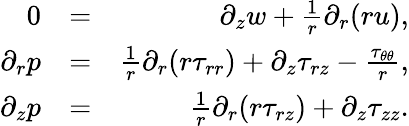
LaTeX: \begin{array}{rlr}{0}&{=}&{\partial_{z}{w}+\frac{1}{r}\partial_{r}(r{u}),}\\ {\partial_{r}{p}}&{=}&{\frac{1}{r}\partial_{r}(r\tau_{rr})+\partial_{z}\tau_{rz}-\frac{\tau_{\theta\theta}}{r},}\\ {\partial_{z}{p}}&{=}&{\frac{1}{r}\partial_{r}(r\tau_{rz})+\partial_{z}\tau_{zz}.}\end{array}